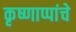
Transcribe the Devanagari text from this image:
कृष्णाप्पांचे